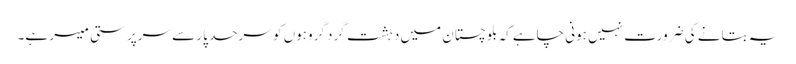
یہ بتانے کی ضرورت نہیں ہونی چاہے کہ بلوچستان میں دہشت گرد گروہوں کو سرحد پار سے سرپرستی میسر ہے۔